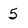
Character: 5